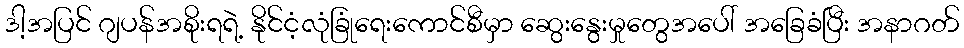
ဒါ့အပြင် ဂျပန်အစိုးရရဲ့ နိုင်ငံ့လုံခြုံရေးကောင်စီမှာ ဆွေးနွေးမှုတွေအပေါ် အခြေခံပြီး အနာဂတ်